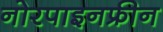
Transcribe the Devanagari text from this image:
नोरपाइनफ्रीन